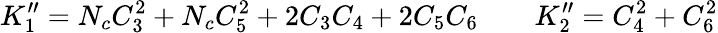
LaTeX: K_{1}^{\prime\prime}=N_{c}C_{3}^{2}+N_{c}C_{5}^{2}+2C_{3}C_{4}+2C_{5}C_{6}\qquad K_{2}^{\prime\prime}=C_{4}^{2}+C_{6}^{2}